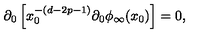
\partial _ { 0 } \left[ x _ { 0 } ^ { - ( d - 2 p - 1 ) } \partial _ { 0 } \phi _ { \infty } ( x _ { 0 } ) \right] = 0 ,